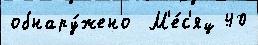
обнару́жено  М'е́с'яц 40